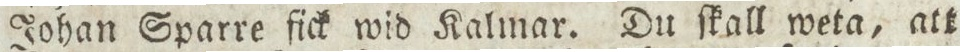
Johan Sparre fick wid Kalmar. Du ſkall weta, att